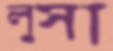
লুসা